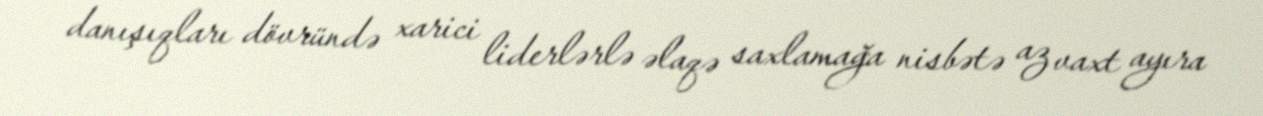
danışıqları dövründə xarici liderlərlə əlaqə saxlamağa nisbətə az vaxt ayıra